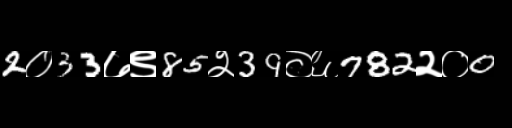
Text: 2०33७९85२39०६782२०0